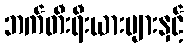
ဘက်တီးရီးယားများနှင့်